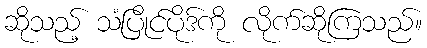
ဆိုသည့် သံပြိုင်ပိုဒ်ကို လိုက်ဆိုကြသည်။